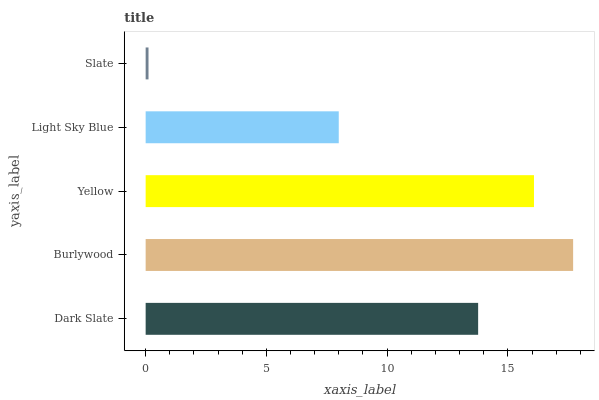
| yaxis_label | bars |
 | --- | --- |
 | Dark Slate | 13.8 |
 | Burlywood | 17.7 |
 | Yellow | 16.1 |
 | Light Sky Blue | 8 |
 | Slate | 0.119 |